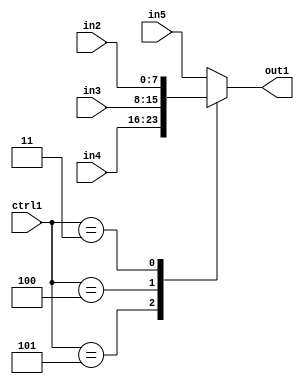
`timescale 1ps / 1ps
/*****************************************************************************
    Verilog RTL Description
    
    
    Created by: Stratus DpOpt 2019.1.01 
*******************************************************************************/

module dut_N_Mux_8_4_9_4 (
	in5,
	in4,
	in3,
	in2,
	ctrl1,
	out1
	); /* architecture "behavioural" */ 
input [7:0] in5,
	in4,
	in3,
	in2;
input [2:0] ctrl1;
output [7:0] out1;
wire [7:0] asc001;

reg [7:0] asc001_tmp_0;
assign asc001 = asc001_tmp_0;
always @ (ctrl1 or in4 or in3 or in2 or in5) begin
	casez (ctrl1)
		3'B101 : asc001_tmp_0 = in4 ;
		3'B100 : asc001_tmp_0 = in3 ;
		3'B011 : asc001_tmp_0 = in2 ;
		default : asc001_tmp_0 = in5 ;
	endcase
end

assign out1 = asc001;
endmodule

/* CADENCE  v7b0Sg8= : u9/ySgnWtBlWxVPRXgAZ4Og= ** DO NOT EDIT THIS LINE ******/